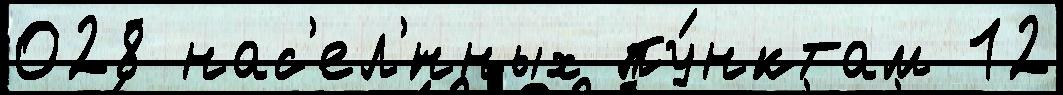
028 нас'ел'́нных пу́нктам 12